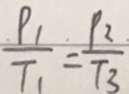
\frac { \rho _ { 1 } } { T _ { 1 } } = \frac { \rho _ { 2 } } { T _ { 3 } }